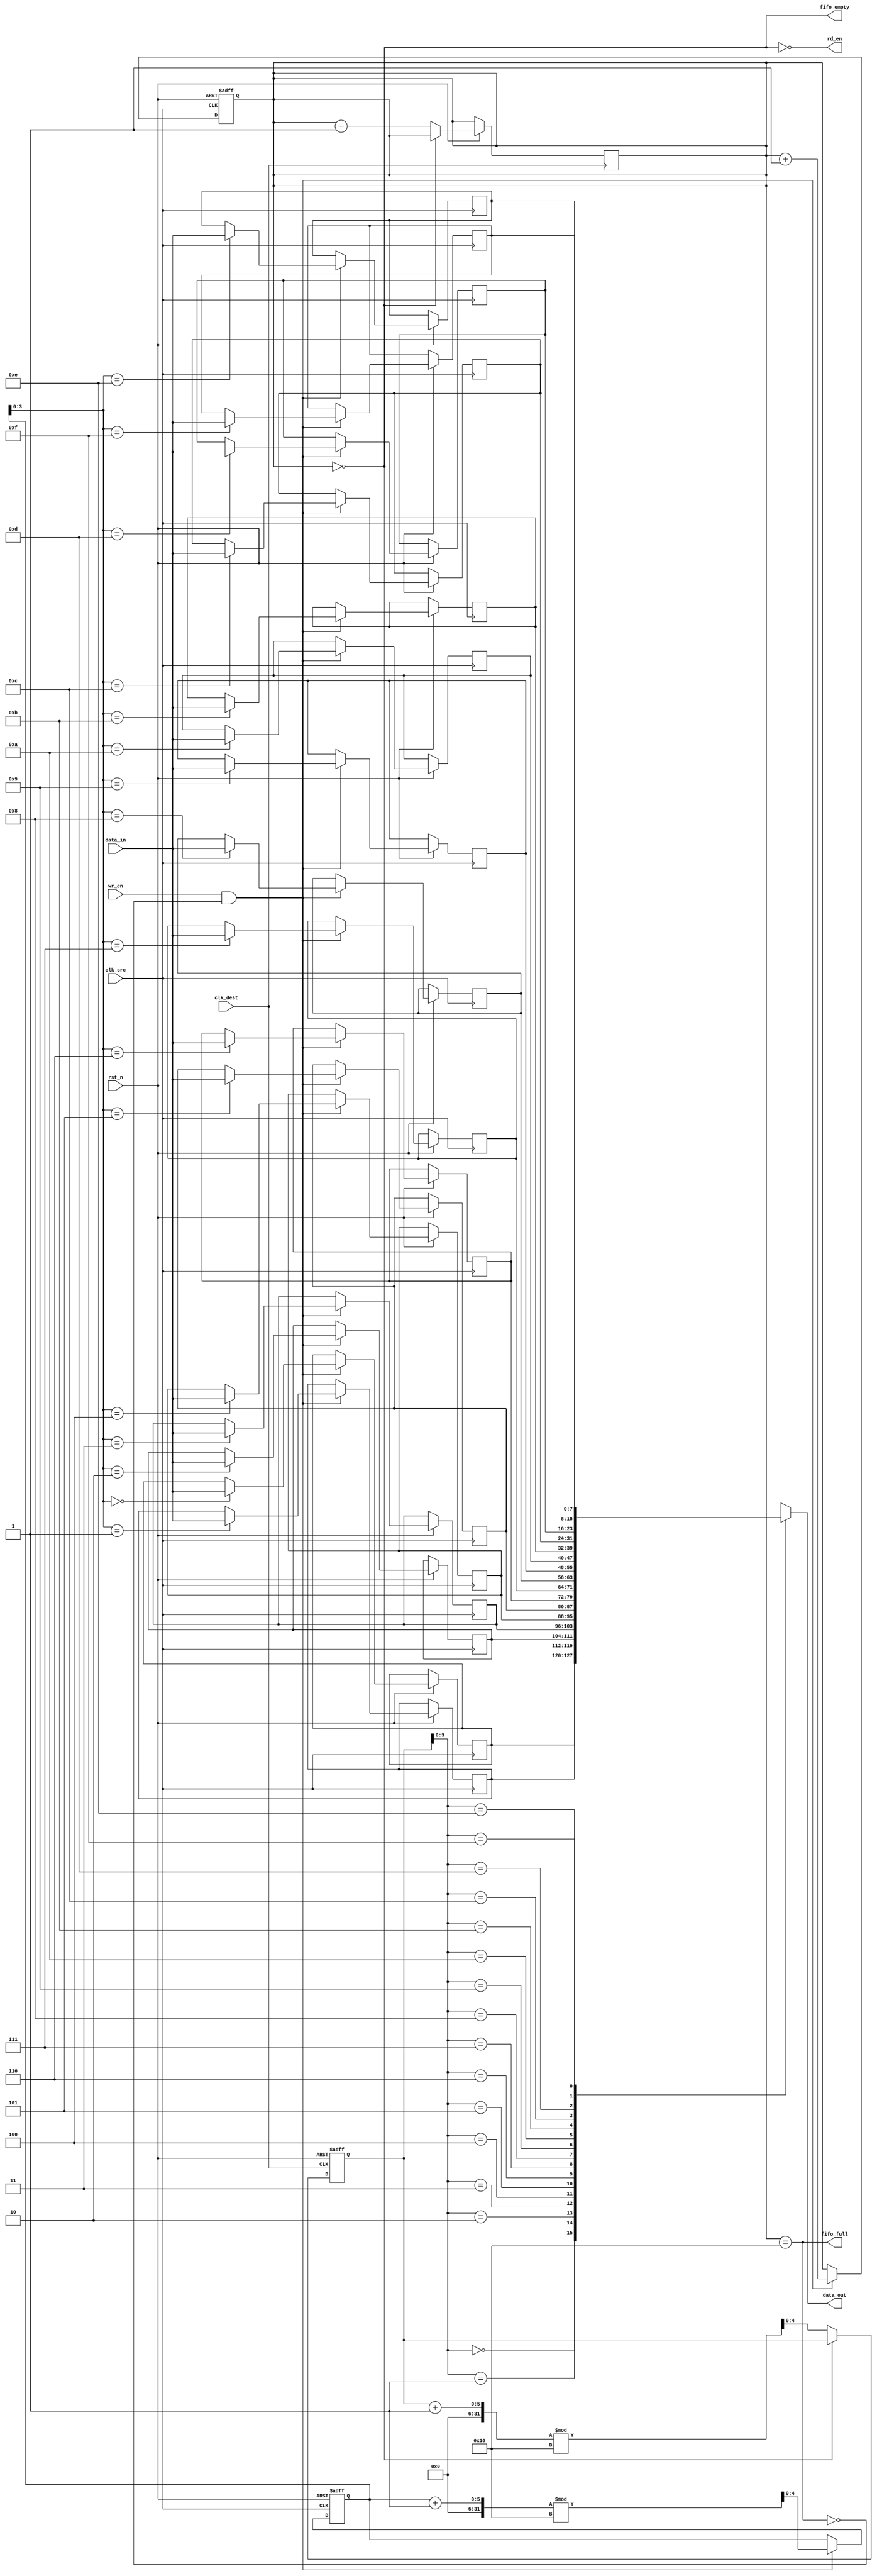
module fifo_synchronizer #(
    parameter DATA_WIDTH = 8,      // Width of the data
    parameter FIFO_DEPTH = 16       // Depth of the FIFO
)(
    input wire clk_src,             // Source clock
    input wire clk_dest,            // Destination clock
    input wire rst_n,               // Active low reset
    input wire wr_en,               // Write enable signal from source clock domain
    input wire [DATA_WIDTH-1:0] data_in, // Data input from source clock domain
    output wire rd_en,              // Read enable signal for destination clock domain
    output wire [DATA_WIDTH-1:0] data_out, // Data output to destination clock domain
    output wire fifo_full,          // FIFO full status
    output wire fifo_empty          // FIFO empty status
);

    // FIFO buffer
    reg [DATA_WIDTH-1:0] fifo_mem [0:FIFO_DEPTH-1];
    reg [4:0] wr_ptr;               // Write pointer
    reg [4:0] rd_ptr;               // Read pointer
    reg [4:0] fifo_count;           // Number of items in the FIFO

    // Write logic (source clock domain)
    always @(posedge clk_src or negedge rst_n) begin
        if (!rst_n) begin
            wr_ptr <= 0;
            fifo_count <= 0;
        end else if (wr_en && !fifo_full) begin
            fifo_mem[wr_ptr] <= data_in;
            wr_ptr <= (wr_ptr + 1) % FIFO_DEPTH;
            fifo_count <= fifo_count + 1;
        end
    end

    // Read logic (destination clock domain)
    always @(posedge clk_dest or negedge rst_n) begin
        if (!rst_n) begin
            rd_ptr <= 0;
        end else if (rd_en && !fifo_empty) begin
            rd_ptr <= (rd_ptr + 1) % FIFO_DEPTH;
            fifo_count <= fifo_count - 1;
        end
    end

    // FIFO status signals
    assign fifo_full = (fifo_count == FIFO_DEPTH);
    assign fifo_empty = (fifo_count == 0);
    assign data_out = fifo_mem[rd_ptr];

    // Handshake signal for read enable
    assign rd_en = !fifo_empty;

endmodule